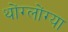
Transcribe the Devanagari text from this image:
थोंग्लोंग्या